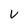
Character: v